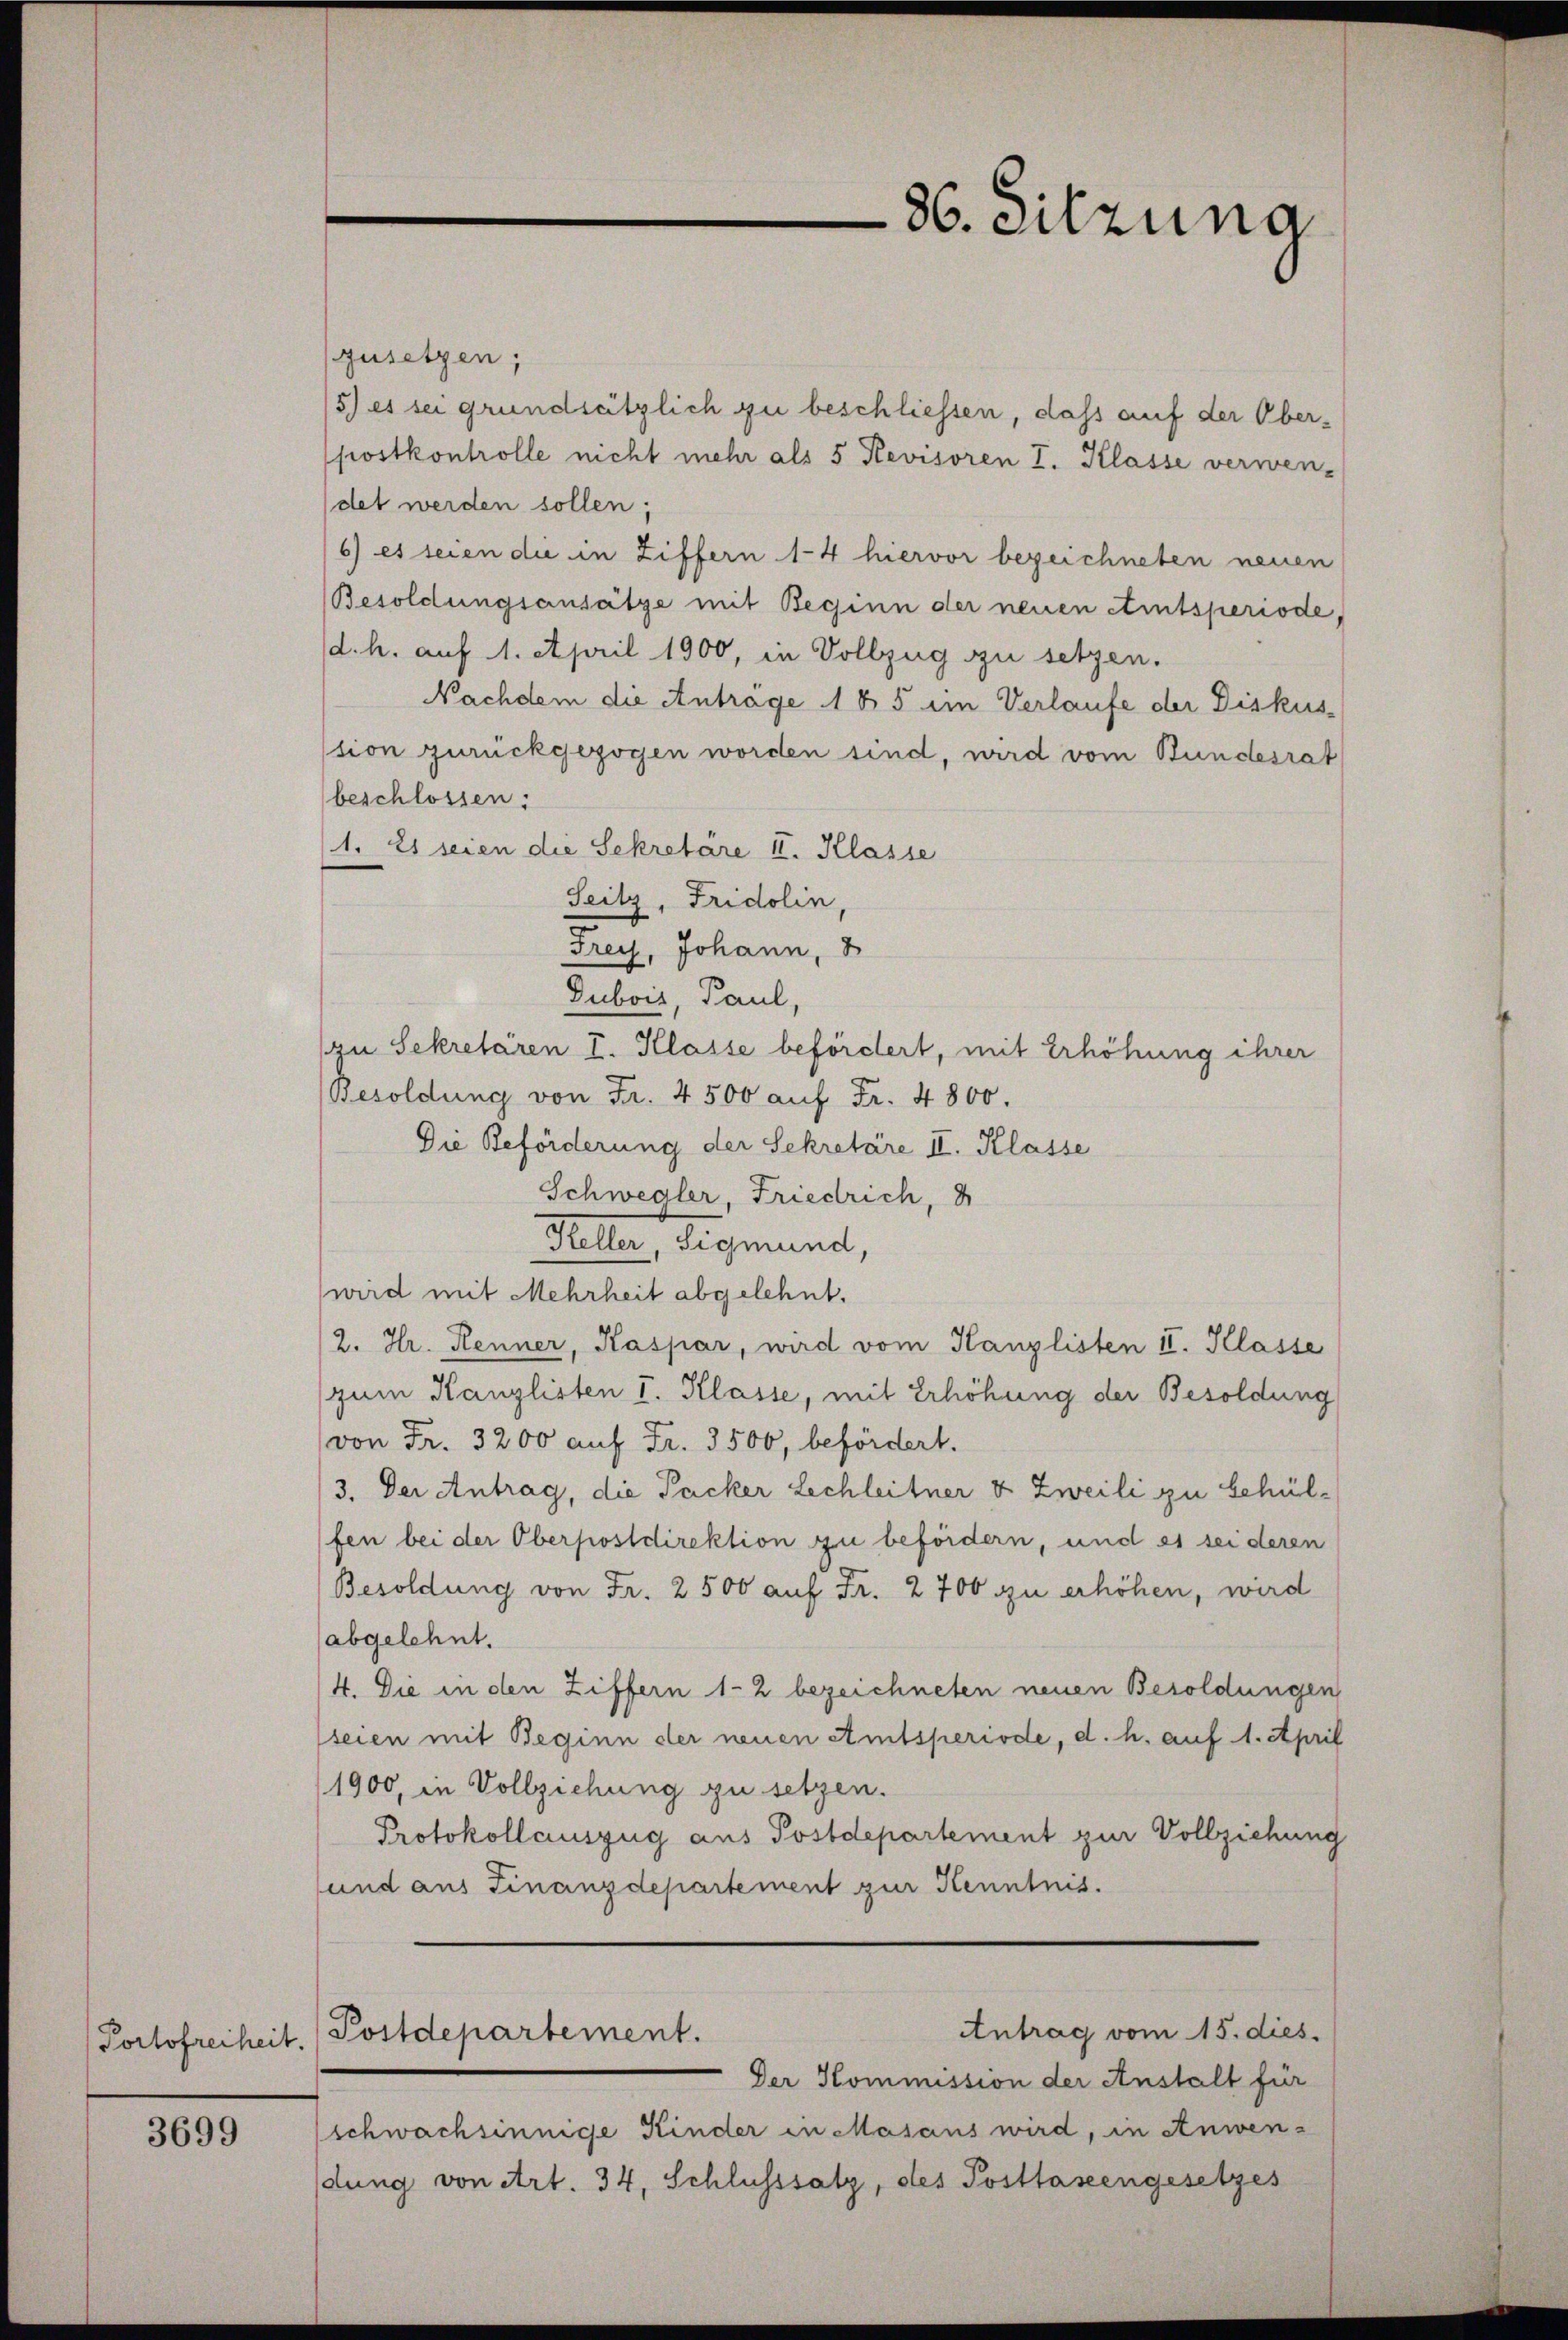
3699

gusetzen;
5) es sei grundsätzlich zu beschliessen, dass auf der Ober-
postkontrolle nicht mehr als 5 Revisoren I. Klasse verwen-
det werden sollen;
6) es seien die in Ziffern 14 hiervor bezeichneten neuen
Besoldungsansätze mit Beginn der neuen eintsperiode,
d. h. auf 1. April 1900, in Vollzug zu setzen.
Nachdem die Antrage 185 im Verlaufe der Diskus-
sion zurückgezogen worden sind, wird vom Bundesrat
beschlossen:
1. Es seien die Sekretäre II. Klasse
Seitz, Fridolin
Frey, Johann,
Dubois, Paul,
(zu Sekretären I. Klasse befördert, mit Erhöhung ihrer
Besoldung von Fr. 4500 auf Fr. 4800.
Die Beförderung der Sekretäre II. Klasse
Schwedler, Friedrich,
Heller, Sigmund,
wird mit Mehrheit abgelehnt.
2. Hr. Renner, Kaspar, wird vom Kanzlisten II. Klasse
zum Kanzlisten I. Klasse, mit Erhöhung der Besoldung
von Fr. 3200 auf Fr. 3500, befördert.
3. Der Antrag, die Packer Lechleitner & Zweili zu behülfen bei der Oberpostdirektion zu befördern, und es sei deren
Besoldung von Fr. 2500 auf Fr. 2700 zu erhöhen, wird
abgelehnt.
4. Die in den Ziffern 1-2 bezeichneten neuen Besoldungen
seien mit Beginn der neuen Amtsperiode, d. h. auf 1. April
1900, in Vollziehung zu setzen.
Protokollauszug aus Postdepartement zur Vollziehung
sund aus Finanzdepartement zur Kenntnis.

86. Sitzung

Der Kommission der Anstalt für
schwachsinnige Kinder in Masans wird, in Anwendung von Art. 34, Schlusssatz, des Posttasengesetzes

Antrag vom 15. dies
Portofreiheit. Postdepartement.